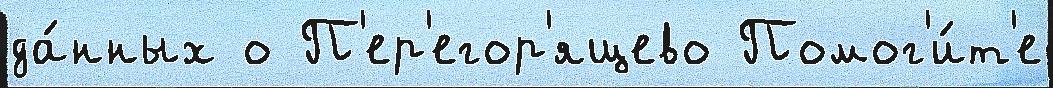
да́нных о П'ер'егор'ящево Помог'и́т'е